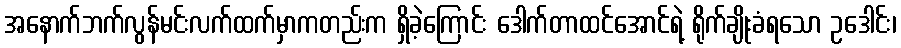
အနောက်ဘက်လွန်မင်းလက်ထက်မှာကတည်းက ရှိခဲ့ကြောင်း ဒေါက်တာထင်အောင်ရဲ့ ရိုက်ချိုးခံရသော ဥဒေါင်း၊